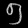
Digit: ၅